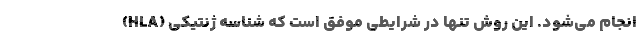
انجام می‌شود. این روش تنها در شرایطی موفق است که شناسه ژنتیکی (HLA)